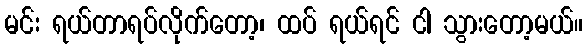
မင်း ရယ်တာရပ်လိုက်တော့၊ ထပ် ရယ်ရင် ငါ သွားတော့မယ်။